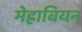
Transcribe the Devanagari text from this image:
मेह्राबियन